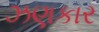
ઝણકાર